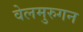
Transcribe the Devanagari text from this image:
वेलमुरुगन